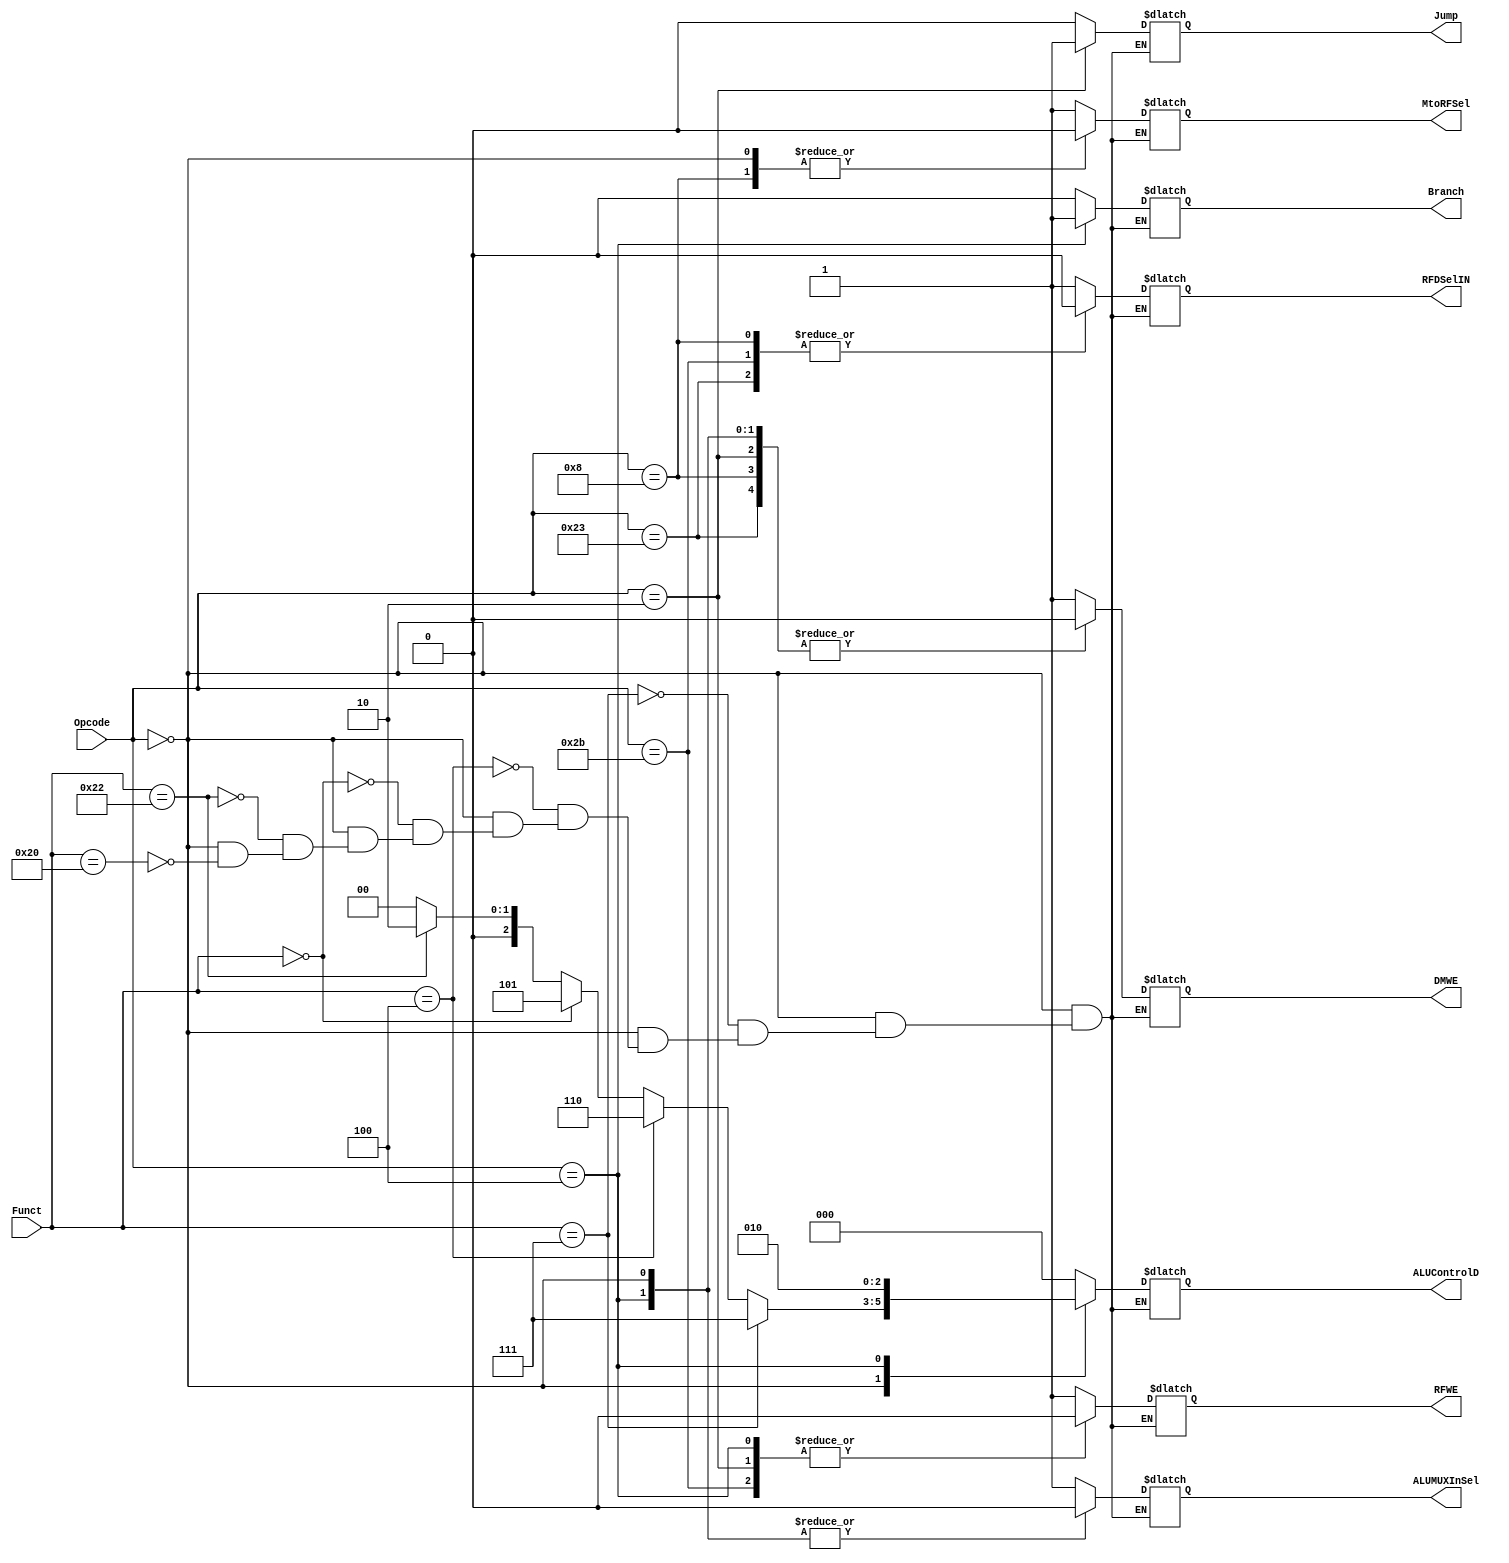
`timescale 1ns / 1ps
//////////////////////////////////////////////////////////////////////////////////
// Company: 
// Engineer: 
// 
// Design Name: 
// Module Name: ControlUnit
// Project Name: 
// Target Devices: 
// Tool Versions: 
// Description: 
// 
// Dependencies: 
// 
// Revision:
// Revision 0.01 - File Created
// Additional Comments:
// 
//////////////////////////////////////////////////////////////////////////////////


module ControlUnit(            
                input [5:0] Opcode, Funct, 
                output reg RFWE, DMWE, ALUMUXInSel, MtoRFSel, RFDSelIN, Branch, Jump,
                output reg [2:0] ALUControlD);
                
                reg Rst;
                reg [3:0] TestFlag;
                
                
    initial 

    begin   
    TestFlag = 4'b0000;
    Rst = 1;
    #10 Rst = 0;
    end




                
 always @(*)  
    begin             
        if (Rst == 1'b1) begin
        
        RFWE        = 1'b0;
        DMWE        = 1'b0;
        ALUMUXInSel = 1'b0;
        MtoRFSel    = 1'b0;
        RFDSelIN    = 1'b0;
        
        Branch      = 1'b0;
        end
        
        else begin
        
            case (Opcode) 
            
            6'b000000: begin
                        if (Funct == 6'b100000) begin // add
                        RFWE = 1'b1;
                        ALUControlD = 3'b000;
                        RFDSelIN    = 1'b1; 
                        MtoRFSel    = 1'b0; 
                        DMWE        = 1'b0;
                        ALUMUXInSel = 1'b0;
                        TestFlag = 4'b0001;
                        Jump        =  1'b0;
                        Branch       = 1'b0;   
                        end
                        if (Funct == 6'b100010)begin //sub
                        RFWE = 1'b1;
                        ALUControlD = 3'b010;
                        RFDSelIN    = 1'b1; 
                        MtoRFSel    = 1'b0; 
                        DMWE        = 1'b0;
                        ALUMUXInSel = 1'b0;
                        TestFlag = 4'b0010; 
                        Jump        =  1'b0;
                        Branch       = 1'b0;
                        end
                        if (Funct == 6'b000000)begin //sll
                        RFWE = 1'b1;
                        ALUControlD = 3'b101;
                        RFDSelIN    = 1'b1; 
                        MtoRFSel    = 1'b0; 
                        DMWE        = 1'b0;
                        ALUMUXInSel = 1'b0;
                        TestFlag = 4'b0011;
                        Jump        =  1'b0;
                        Branch       = 1'b0;
                        end                        
                        
                        if (Funct == 6'b000100)begin //sllv
                        RFWE = 1'b1;
                        ALUControlD = 3'b110;
                        RFDSelIN    = 1'b1; 
                        MtoRFSel    = 1'b0; 
                        DMWE        = 1'b0;
                        ALUMUXInSel = 1'b0;
                        TestFlag = 4'b0100;
                        Jump        =  1'b0;
                        Branch       = 1'b0;
                        end
                        
                        if (Funct == 6'b000111)begin  //srav
                        RFWE = 1'b1;
                        ALUControlD = 3'b111;
                        RFDSelIN    = 1'b1; 
                        MtoRFSel    = 1'b0; 
                        DMWE        = 1'b0;
                        ALUMUXInSel = 1'b0;
                        TestFlag = 4'b0101;
                        Jump        =  1'b0;
                        Branch       = 1'b0;
                        end                         
                        end //end if funct 
                         
            6'b100011: begin //lw
            
                       RFWE        = 1'b1;
                       ALUControlD = 3'b000;
                       ALUMUXInSel = 1'b1;
                       DMWE        = 1'b0;
                       MtoRFSel    = 1'b1;
                       RFDSelIN    = 1'b0;
                       TestFlag = 4'b0110;
                       Jump        =  1'b0;
                       Branch       = 1'b0;
                       end   //end case lw
            
            6'b101011: begin //sw
            
                       RFWE        = 1'b0;
                       ALUControlD = 3'b000;
                       ALUMUXInSel = 1'b1;
                       DMWE        = 1'b1;
                       MtoRFSel    = 1'bx;
                       RFDSelIN    = 1'b0;
                       TestFlag = 4'b0111;
                       Jump        =  1'b0;
                       Branch       = 1'b0;
                       end   //end case sw
          
           6'b001000: begin //addi
            
                       RFWE        = 1'b1;
                       ALUControlD = 3'b000;
                       ALUMUXInSel = 1'b1;
                       DMWE        = 1'b0;
                       MtoRFSel    = 1'b0;
                       RFDSelIN    = 1'b0;
                       TestFlag = 4'b1000;
                       Jump        =  1'b0;
                       Branch       = 1'b0;
                       
                       end   //end case sw
            6'b000100: begin //branch
                       RFWE         = 1'b0; 
                       RFDSelIN     = 1'bx;
                       ALUMUXInSel  = 1'b0;
                       Branch       = 1'b1;
                       DMWE         = 1'b0;
                       MtoRFSel     = 1'bx;                         
                       ALUControlD = 3'b010; 
                       Jump        =  1'b0;
                       end
            6'b000010: begin //jump
                       RFWE         = 1'b0; 
                       RFDSelIN     = 1'bx;
                       ALUMUXInSel  = 1'bx;
                       Branch       = 1'bx;
                       DMWE         = 1'b0;
                       MtoRFSel     = 1'bx;                         
                       ALUControlD = 3'bxxx; 
                       Jump        =  1'b1;
                       end           	                                 
                        
             default: begin 
                      RFWE        = 1'b1;
                      DMWE        = 1'b1;
                      ALUMUXInSel = 1'b1;
                      MtoRFSel    = 1'b1;
                      RFDSelIN    = 1'b1;
                      ALUControlD = 3'b000;
                      TestFlag    = 3'b111;
                      Jump        =  1'b0;
                      Branch       = 1'b0;
                      end          
                 endcase       
                 end
                 end
                        
endmodule